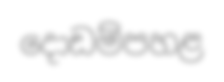
දොඩම්පහළ